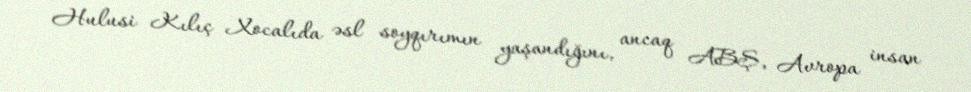
Hulusi Kılıç Xocalıda əsl soyqırımın yaşandığını, ancaq ABŞ, Avropa insan